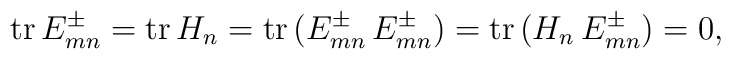
{\rm tr}\,E^\pm_{mn}={\rm tr}\,H_n={\rm tr}\,(E^\pm_{mn}\,E^\pm_{mn})={\rm tr}\,(H_n\,E^\pm_{mn})=0,